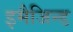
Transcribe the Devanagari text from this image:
इमैजिन्ड